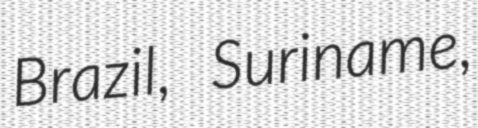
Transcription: Brazil, Suriname,